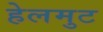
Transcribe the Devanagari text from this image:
हेलमुट